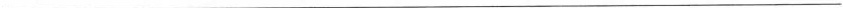
___